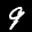
Label: 9